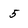
Character: 5